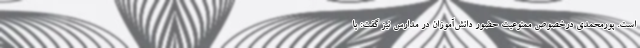
است. پورمحمدی درخصوص ممنوعیت حضور دانش‌آموزان در مدارس نیز گفت: با